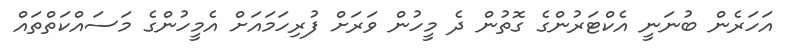
އަހަރެން ބުނަނީ އެކްޓަރުންގެ ގޮތުން ދެ މީހުން ވަރަށް ފުރިހަމައަށް އެމީހުންގެ މަސައްކަތްތައް